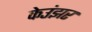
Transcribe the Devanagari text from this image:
केउंझर